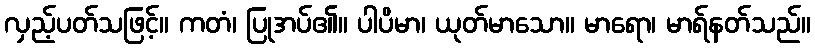
လှည့်ပတ်သဖြင့်။ ကတံ၊ ပြုအပ်၏။ ပါပိမာ၊ ယုတ်မာသော။ မာရော၊ မာရ်နတ်သည်။